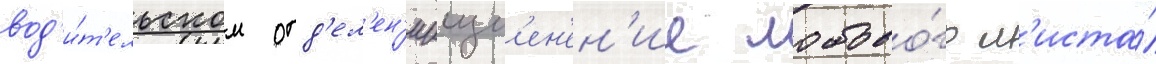
вод'и́т'ельском отд'ел'ен'ииизм'ен'ен'ие лобово́го л'иста́